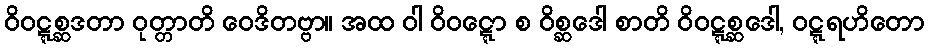
ဝိဝဋ္ဋစ္ဆဒတာ ဝုတ္တာတိ ဝေဒိတဗ္ဗာ။ အထ ဝါ ဝိဝဋ္ဋော စ ဝိစ္ဆဒေါ စာတိ ဝိဝဋ္ဋစ္ဆဒေါ, ဝဋ္ဋရဟိတော